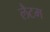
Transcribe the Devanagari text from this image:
लैटम